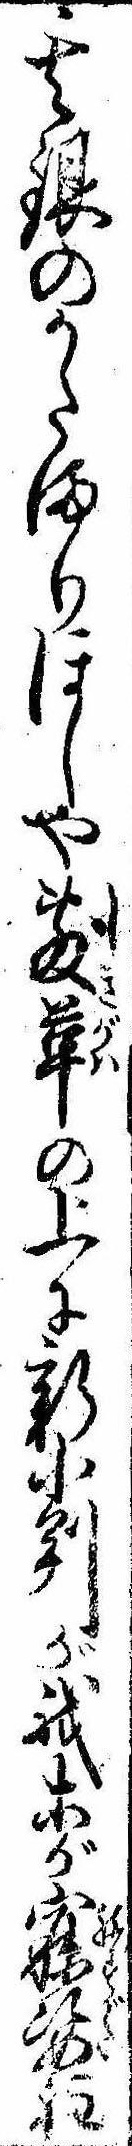
其銀のかたまりほしや敷革の上に新小判が我等が寐姿程